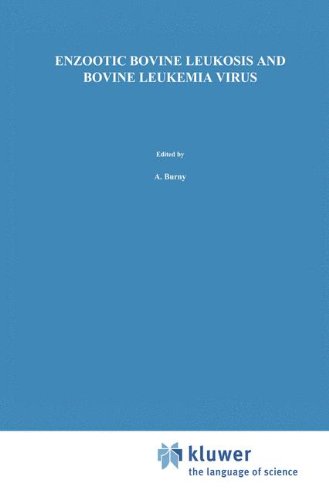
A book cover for Enzootic Bovine Leukosis and Bovine Leukemia Virus (Developments in Veterinary Virology); Medical Books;